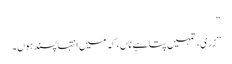
“
”زری، تمہیں پتا ہے ناں، کہ میں انتہا پسند ہوں۔